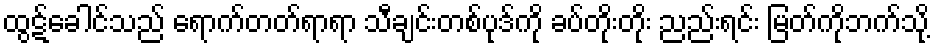
ထွဋ်ခေါင်သည် ရောက်တတ်ရာရာ သီချင်းတစ်ပုဒ်ကို ခပ်တိုးတိုး ညည်းရင်း မြတ်ကိုဘက်သို့